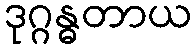
ဒုဂ္ဂန္ဓတာယ